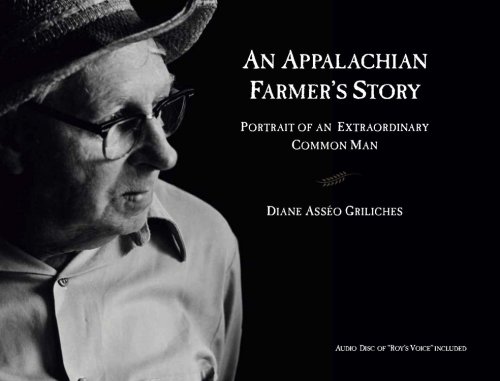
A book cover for An Appalachian Farmer's Story: Portrait of an Extraordinary Common Man; Diane Asseo Griliches; Travel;